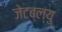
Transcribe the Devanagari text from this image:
जेटब्ल्यु